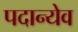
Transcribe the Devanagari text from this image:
पदान्येव